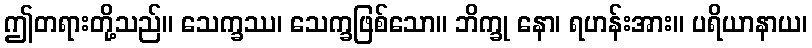
ဤတရားတို့သည်။ သေက္ခဿ၊ သေက္ခဖြစ်သော။ ဘိက္ခု နော၊ ရဟန်းအား။ ပရိယာနာယ၊